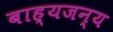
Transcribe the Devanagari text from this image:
बाह्यजन्य